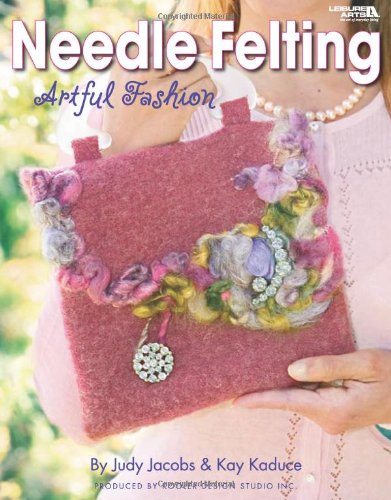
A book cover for Needle Felting Artful Fashion  (Leisure Arts #4296); Kooler Design Studio; Crafts, Hobbies & Home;